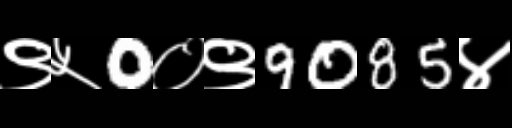
Text: ९५0०९9085४